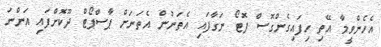
އެހެންވީމާ އޭތި ހިފައިގެންގޮސް ފޮޓޯ ނަގާފައި އެތަނުން އެތަނަށް ޕާސްޕޯޓް ދޫކޮށްފައި އަންނަ